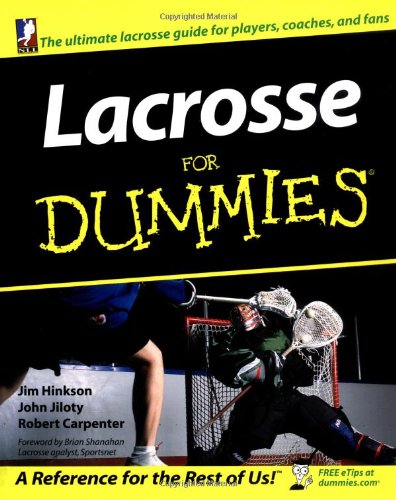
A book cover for Lacrosse For Dummies; Jim Hinkson; Sports & Outdoors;